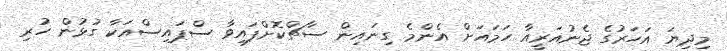
މިދިޔަ އަހަރުގެ ޖެނުއަރީއާ ހަމައަށް އެންމެ ގިނައިން ސާޗްކޮށްފައިވާ ސްޕައިސްއަކާ ގުޅުން ހުރި